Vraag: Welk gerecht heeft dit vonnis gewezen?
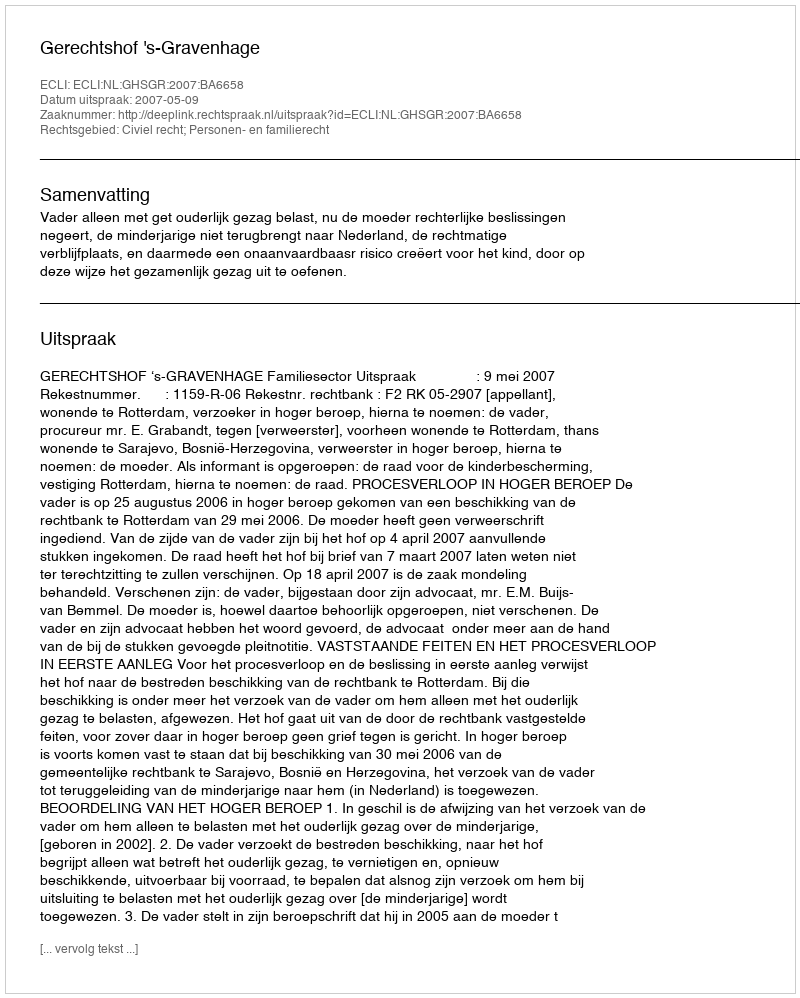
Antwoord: Gerechtshof 's-Gravenhage